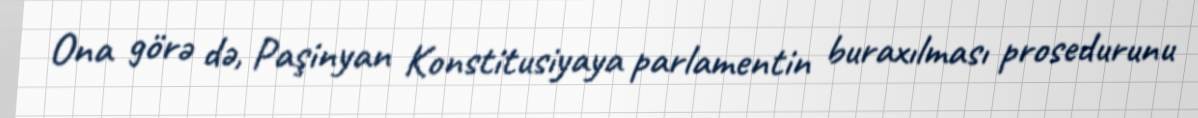
Ona görə də, Paşinyan Konstitusiyaya parlamentin buraxılması prosedurunu